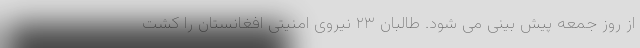
از روز جمعه پیش بینی می شود. طالبان ۲۳ نیروی امنیتی افغانستان را کشت